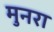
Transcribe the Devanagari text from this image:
मुनरा